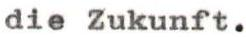
die Zukunft.